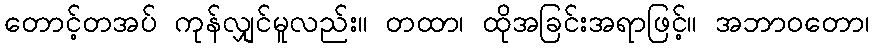
တောင့်တအပ် ကုန်လျှင်မူလည်း။ တထာ၊ ထိုအခြင်းအရာဖြင့်။ အဘာဝတော၊